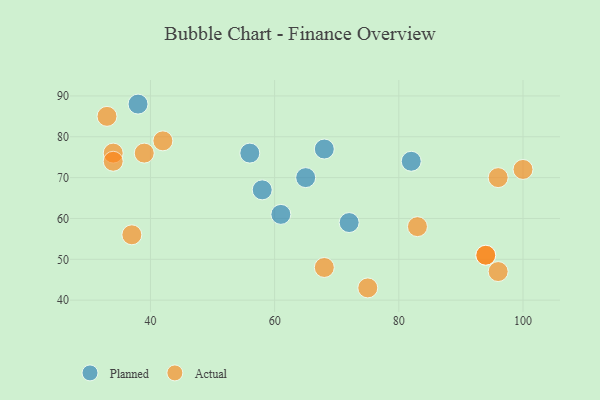
{"axis": {"x": "GDP", "y": "Life Expectancy"}, "legend": ["Actual", "Planned"], "data": [{"x": "68", "y": 77, "type": "Planned"}, {"x": "58", "y": 67, "type": "Planned"}, {"x": "82", "y": 74, "type": "Planned"}, {"x": "65", "y": 70, "type": "Planned"}, {"x": "56", "y": 76, "type": "Planned"}, {"x": "72", "y": 59, "type": "Planned"}, {"x": "38", "y": 88, "type": "Planned"}, {"x": "61", "y": 61, "type": "Planned"}, {"x": "100", "y": 72, "type": "Actual"}, {"x": "96", "y": 47, "type": "Actual"}, {"x": "34", "y": 76, "type": "Actual"}, {"x": "75", "y": 43, "type": "Actual"}, {"x": "42", "y": 79, "type": "Actual"}, {"x": "96", "y": 70, "type": "Actual"}, {"x": "83", "y": 58, "type": "Actual"}, {"x": "94", "y": 51, "type": "Actual"}, {"x": "37", "y": 56, "type": "Actual"}, {"x": "39", "y": 76, "type": "Actual"}, {"x": "34", "y": 74, "type": "Actual"}, {"x": "33", "y": 85, "type": "Actual"}, {"x": "68", "y": 48, "type": "Actual"}, {"x": "94", "y": 51, "type": "Actual"}]}